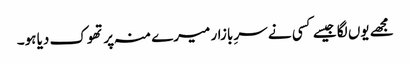
مجھے یوں لگا جیسے کسی نے سرِ بازار میرے منہ پر تھوک دیا ہو۔